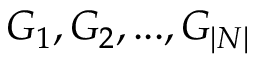
G _ { 1 } , G _ { 2 } , . . . , G _ { | N | }